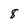
Character: 8